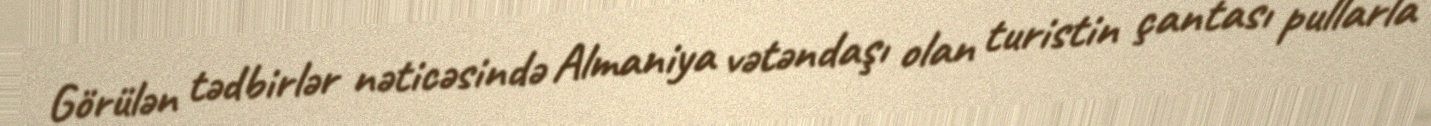
Görülən tədbirlər nəticəsində Almaniya vətəndaşı olan turistin çantası pullarla